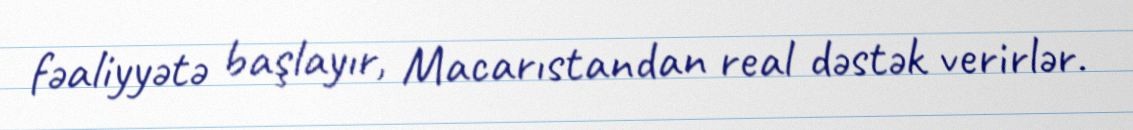
fəaliyyətə başlayır, Macarıstandan real dəstək verirlər.